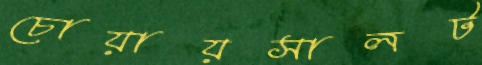
চোয়ায়সালট